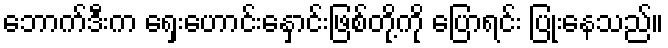
ဘောက်ဒီးက ရှေးဟောင်းနှောင်းဖြစ်တို့ကို ပြောရင်း ပြုံးနေသည်။